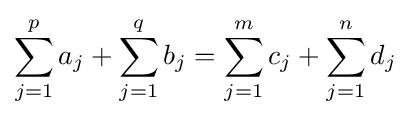
\sum _{j=1}^{p}a_{j}+\sum _{j=1}^{q}b_{j}=\sum _{j=1}^{m}c_{j}+\sum _{j=1}^{n}d_{j}